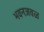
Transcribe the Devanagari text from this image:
भवनजवळ